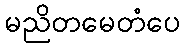
မညိတမေတံပေ